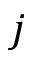
j